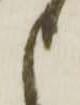
申